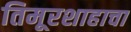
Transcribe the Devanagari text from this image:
तिमूरशाहाचा